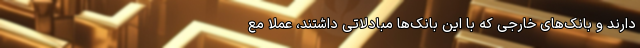
دارند و بانک‌های خارجی که با این بانک‌ها مبادلاتی داشتند، عملا مع